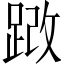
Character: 𫏍